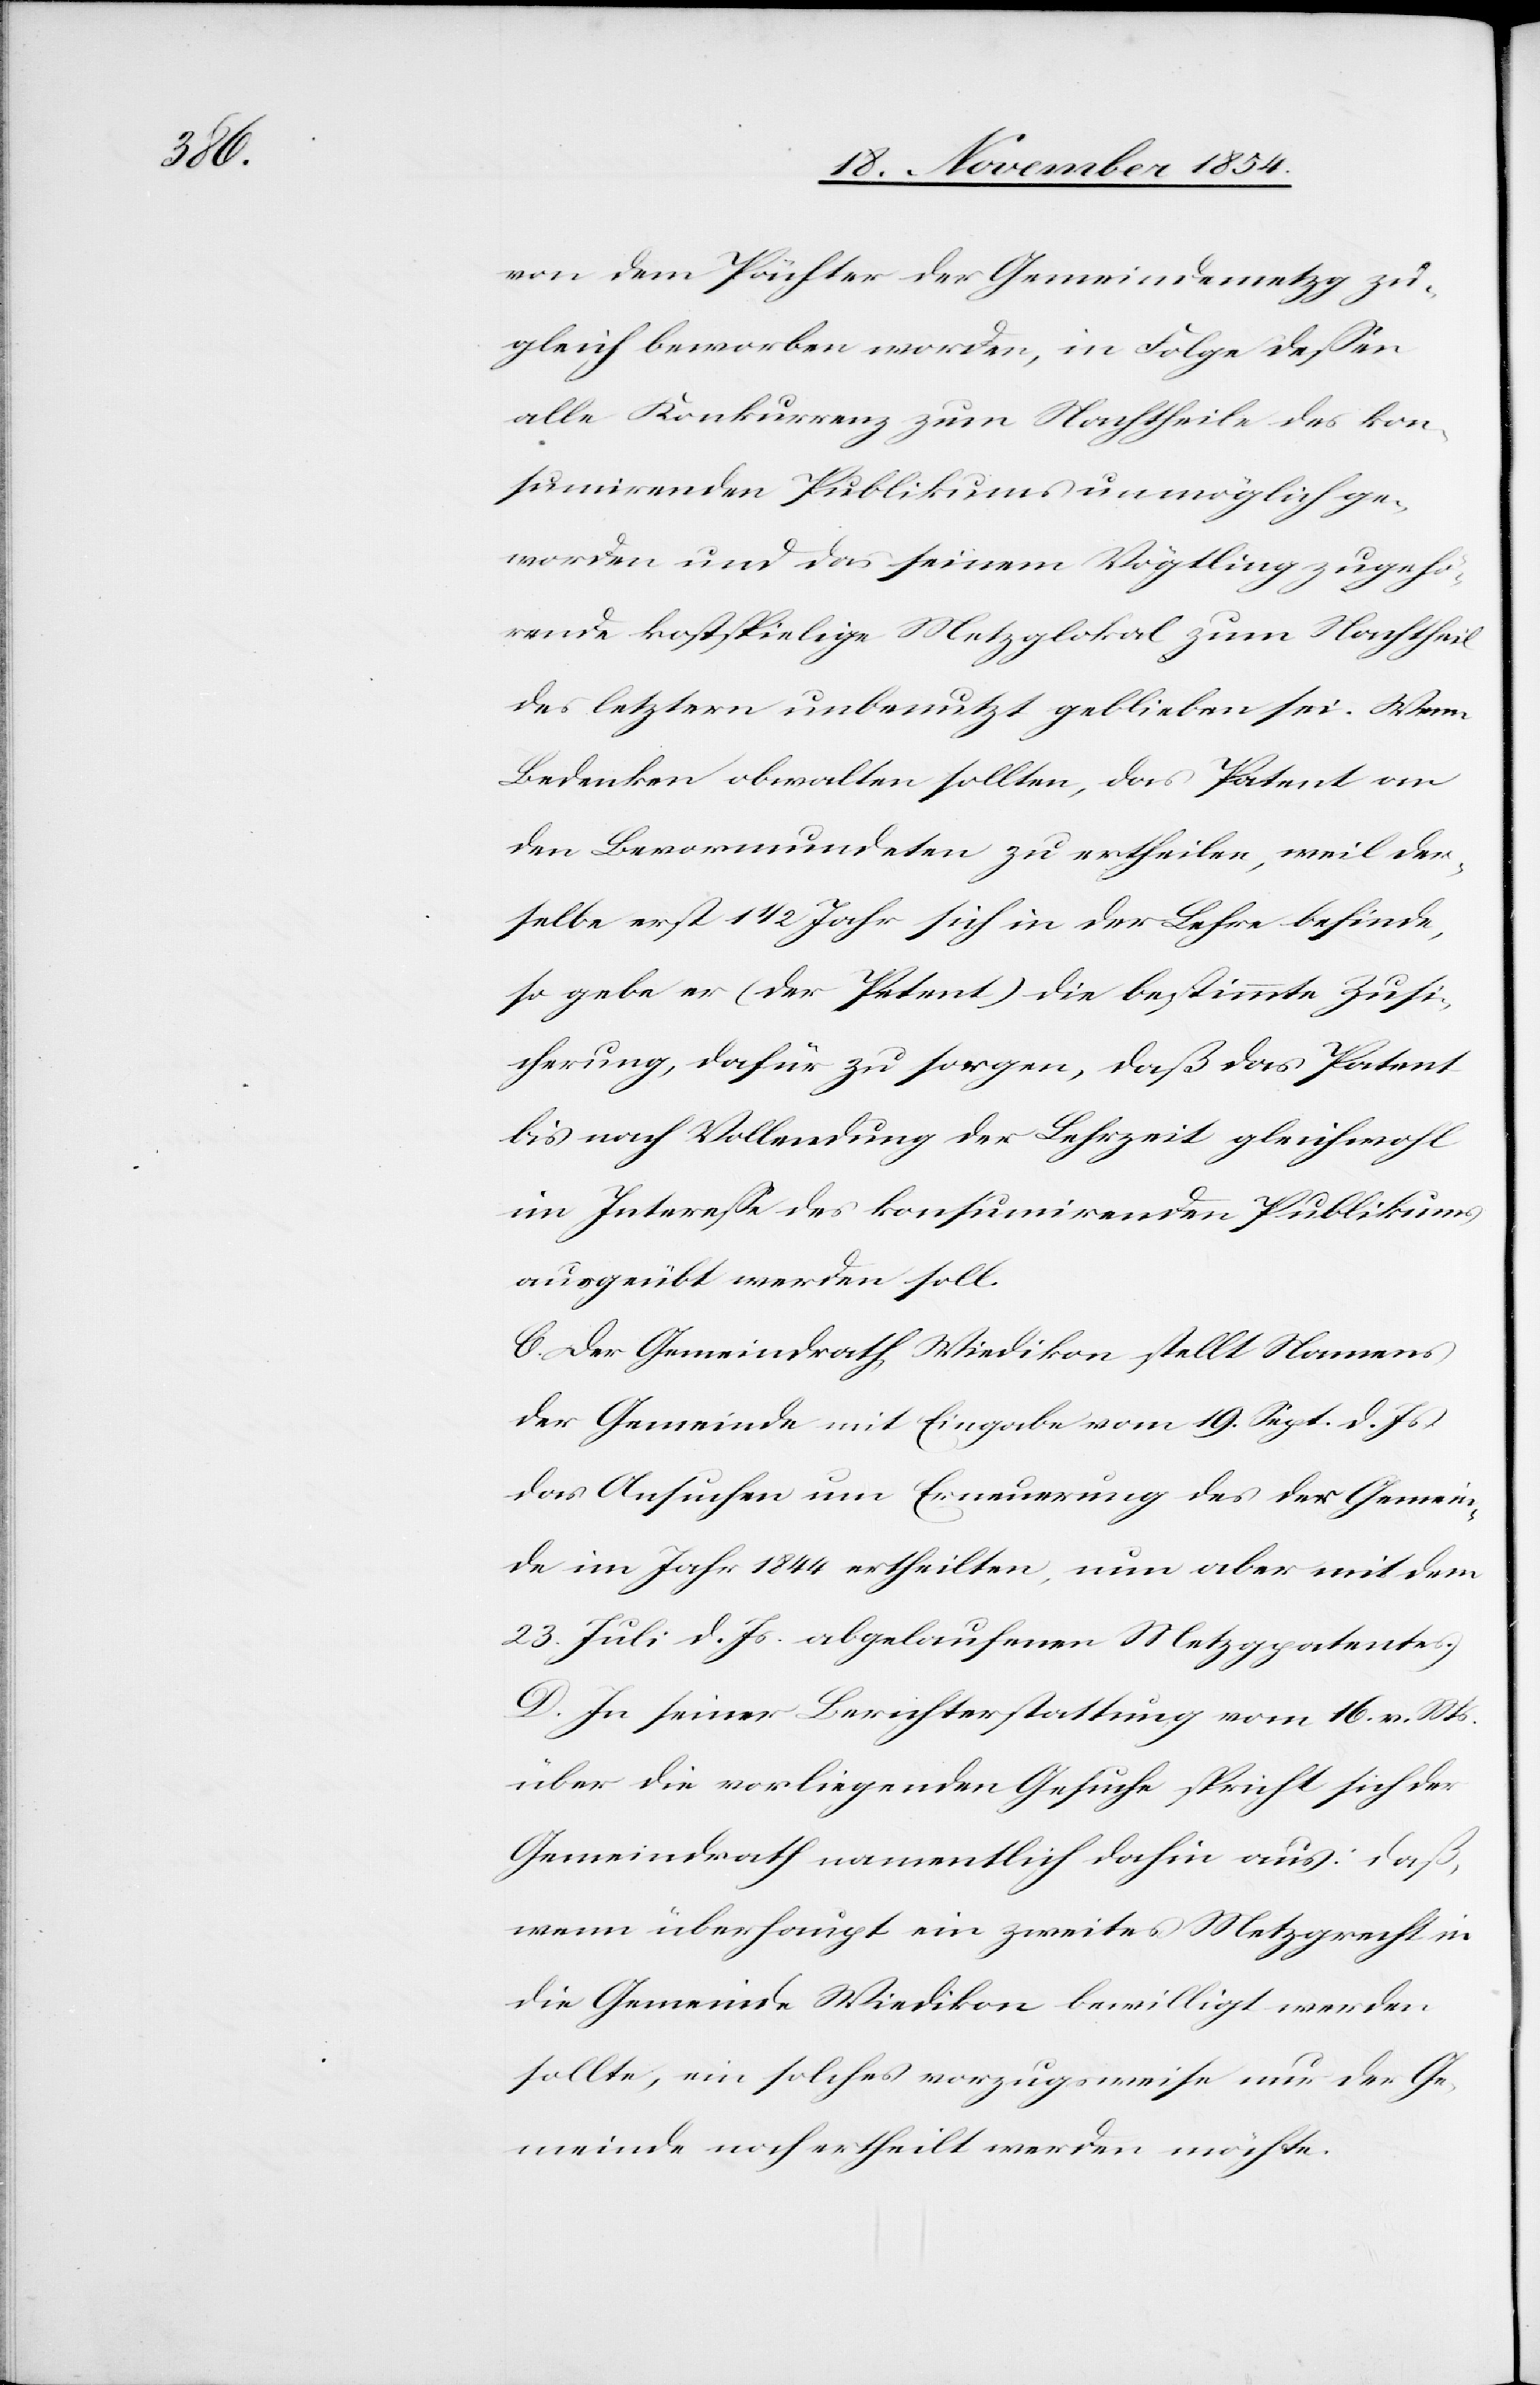
möchte.

von dem Pächter der Gemeindemetzg zu¬
gleich beworben worden, in Folge deßen
alle Konkurrenz zum Nachtheile des kon¬
sumirenden Publikums unmöglich ge¬
worden und das seinem Vögtling zugehö¬
rende kostspielige Metzlokal zum Nachtheil
des letztern unbenutzt geblieben sei. Wenn
Bedenken obwalten sollten, das Patent an
den Bevormundeten zu ertheilen, weil der¬
selbe erst 1 1/2 Jahr sich in der Lehre befinde,
so gebe er (der Petent) die bestimmte Zusi¬
cherung, dafür zu sorgen, daß das Patent
bis nach Vollendung der Lehrzeit gleichwohl
im Intereße des konsumirenden Publikums
ausgeübt werden soll.
C. Der Gemeindrath Wiedikon stellt Namens
der Gemeinde mit Eingabe vom 19. Sept. d. Js.
das Ansuchen um Erneuerung des der Gemein¬
de im Jahr 1844 ertheilten, nun aber mit dem
23. Juli d. Js. abgelaufenen Metzpatentes.
D. In seiner Berichterstattung vom 16. v. Mts.
über die vorliegenden Gesuche spricht sich der
Gemeindrath namentlich dahin aus: daß,
wenn überhaupt ein zweites Metzgrecht in
die Gemeinde Wiedikon bewilligt werden
sollte, ein solches nur der Gemeinde noch erthe¬